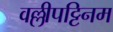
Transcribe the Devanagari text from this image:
वल्लीपट्टिनम